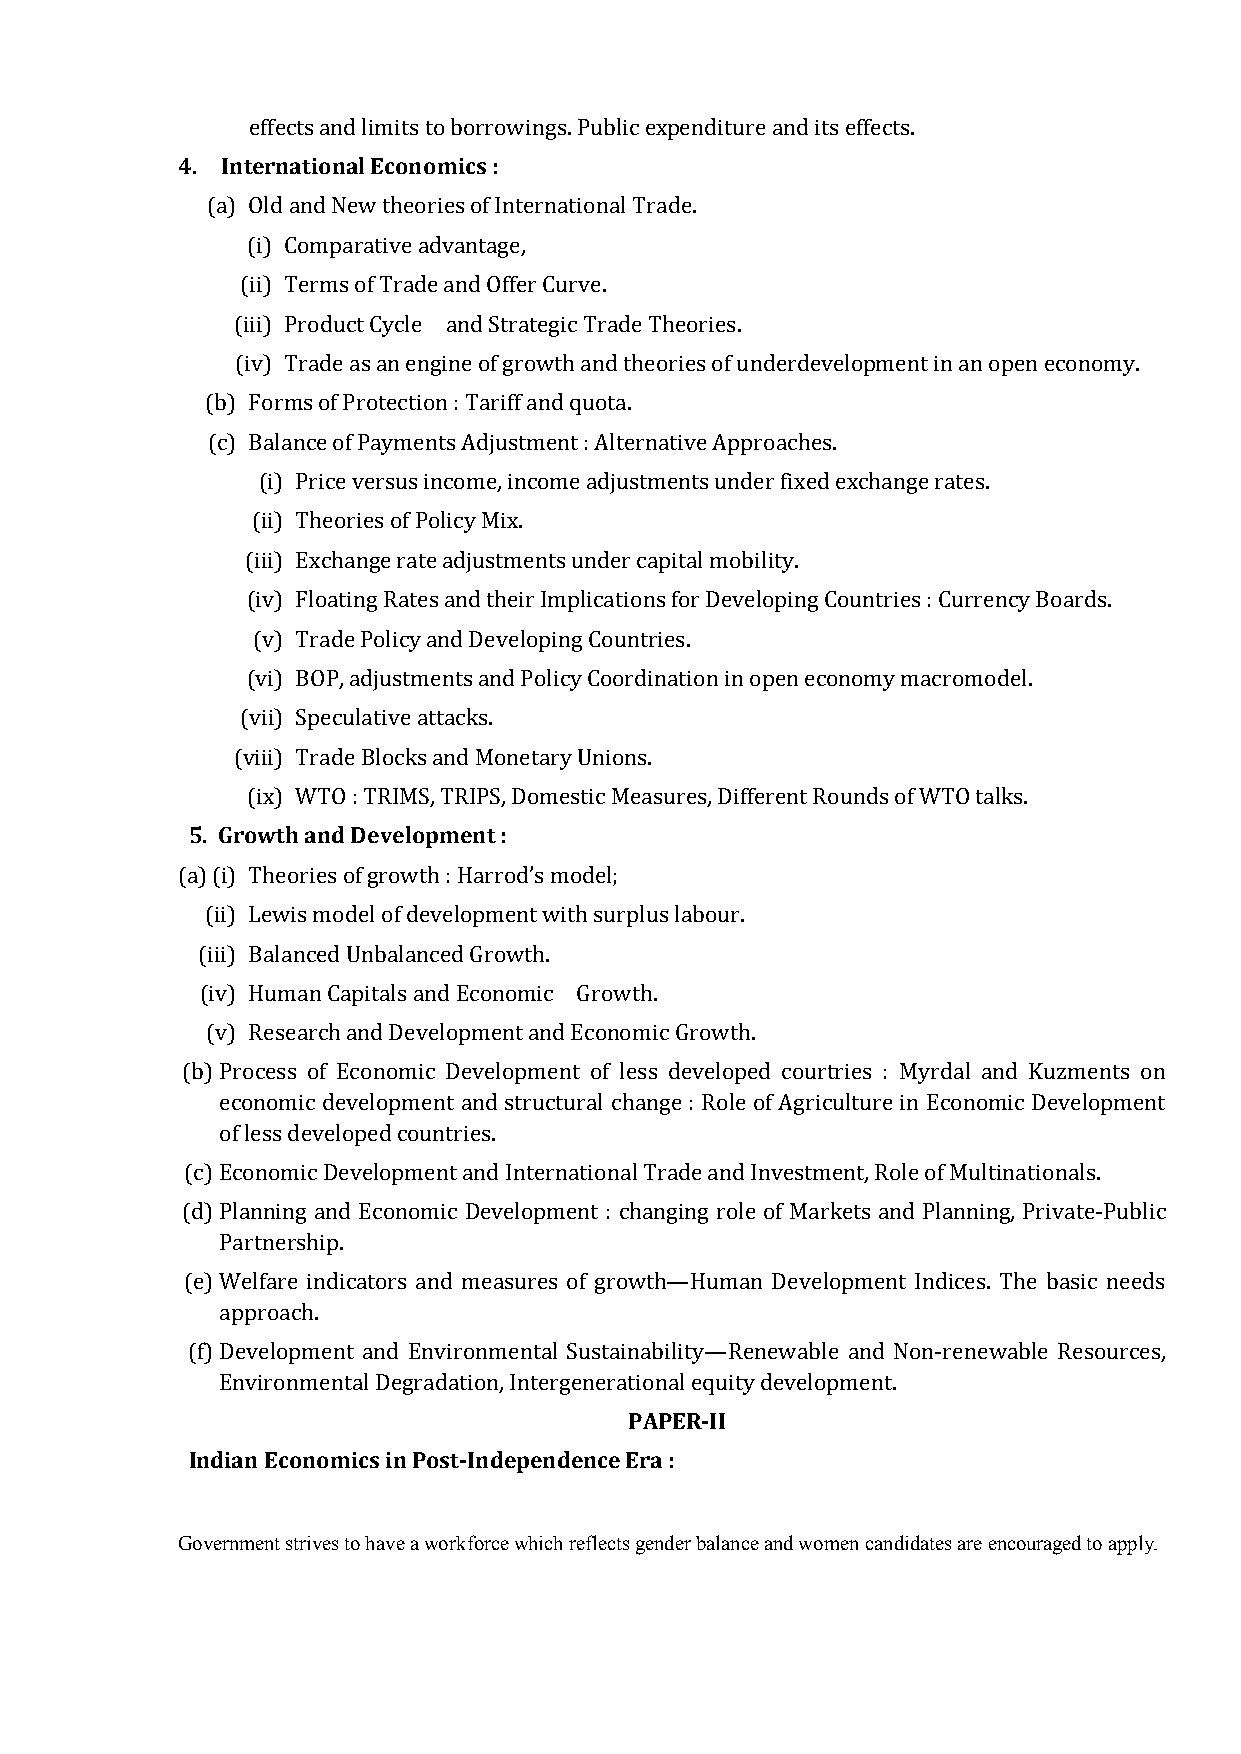
4. International Economics :
 effects and limits to borrowings. Public expenditure and its effects.
 (a) Old and New theories of International Trade.
 (i) Comparative advantage,
 (ii) Terms of Trade and Offer Curve.
 (iii) Product Cycle and Strategic Trade Theories.
 (iv) Trade as an engine of growth and theories of underdevelopment in an open economy.
 (b) Forms of Protection : Tariff and quota.
 (c) Balance of Payments Adjustment : Alternative Approaches.
 (i) Price versus income, income adjustments under fixed exchange rates.
 (ii) Theories of Policy Mix.
 (iii) Exchange rate adjustments under capital mobility.
 (iv) Floating Rates and their Implications for Developing Countries : Currency Boards.
 (v) Trade Policy and Developing Countries.
 (vi) BOP, adjustments and Policy Coordination in open economy macromodel.
 (vii) Speculative attacks.
 (viii) Trade Blocks and Monetary Unions.
 5. Growth and Development :
 (ix) WTO : TRIMS, TRIPS, Domestic Measures, Different Rounds of WTO talks.
 (a) (i) Theories of growth : Harrod’s model;
 (ii) Lewis model of development with surplus labour.
 (iii) Balanced Unbalanced Growth.
 (iv) Human Capitals and Economic Growth.
 (v) Research and Development and Economic Growth.
 (b) Process of Economic Development of less developed courtries : Myrdal and Kuzments on
 economic development and structural change : Role of Agriculture in Economic Development
 of less developed countries.
 (c) Economic Development and International Trade and Investment, Role of Multinationals.
 (d) Planning and Economic Development : changing role of Markets and Planning, Private-Public
 Partnership.
 (e) Welfare indicators and measures of growth—Human Development Indices. The basic needs
 approach.
 (f) Development and Environmental Sustainability—Renewable and Non-renewable Resources,
 PAPER-II
 Environmental Degradation, Intergenerational equity development.
 Indian Economics in Post-Independence Era :
 Government strives to have a workforce which reflects gender balance and women candidates are encouraged to apply.